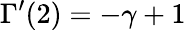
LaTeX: \Gamma^{\prime}(2)=-\gamma+1